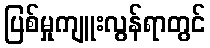
ပြစ်မှုကျူးလွန်ရာတွင်